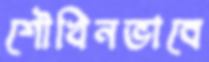
শৌখিনভাবে